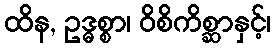
ထိန, ဥဒ္ဓစ္စာ၊ ဝိစိကိစ္ဆာနှင့်၊